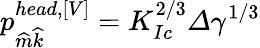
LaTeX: p_{\widehat{m}\widehat{k}}^{head,\left[V\right]}=K_{Ic}^{2/3}\varDelta\gamma^{1/3}